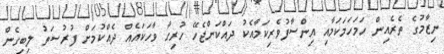
ނިޒާމުގެ ތެރެއިން ހަމަހަމަކަމާއި އިންސާފުވެރިކަމާއެކު ދައްކަންޖެހޭ ހުރިހާ ވާހަކައެއް ދެއްކުމަށް ފުރުޞަތު ލިބިގެން